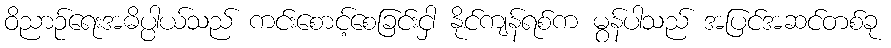
ဝိညာဉ်ရေးအဓိပ္ပါယ်သည် ကင်းစောင့်စေခြင်းငှါ နိုင်ကျန်ရစ်က မွန်ပါသည် အပြင်အဆင်တစ်ခု